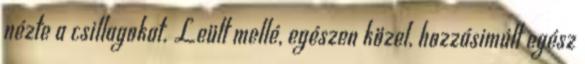
nézte a csillagokat. Leült mellé, egészen közel, hozzásimúlt egész